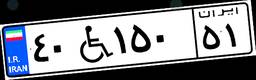
۴۰W۱۵۰۵۱